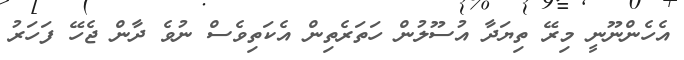
އެހެންނޫނީ މިރޭ ތިޔަދާ އުސޫލުން ހަތަރެތިން އެކަތިވެސް ނުވެ ދާން ޖެހޭ ފަހަރު